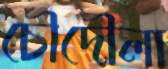
চৌদৌলা